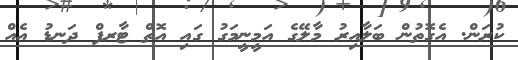
ކުރަން. އެގޮތުން ބަލާއިރު މާލޭގެ އަމީނީމަގު ގައި އޮތް ޓާރފް ދަނޑު އެއް